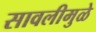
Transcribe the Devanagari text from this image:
सावलीमुळे